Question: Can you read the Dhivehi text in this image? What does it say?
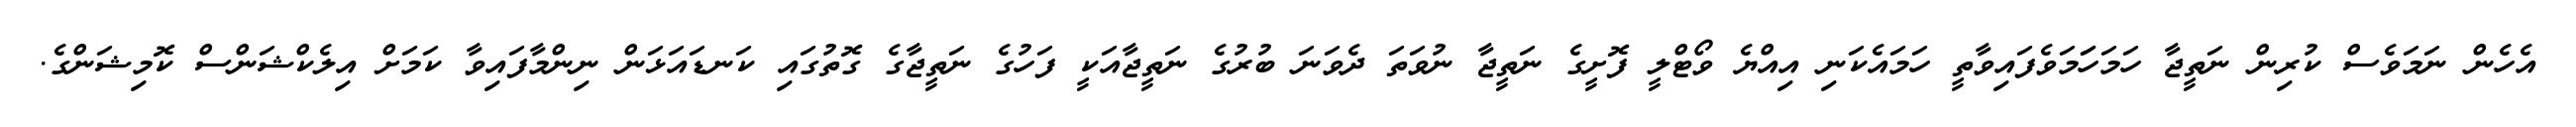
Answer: އެހެން ނަމަވެސް ކުރިން ނަތީޖާ ހަމަހަަމަވެފައިވާތީ ހަމައެކަނި އިއްޔެ ވޯޓްލީ ފޮށީގެ ނަތީޖާ ނުވަތަ ދެވަނަ ބުރުގެ ނަތީޖާއަކީ ފަހުގެ ނަތީޖާގެ ގޮތުގައި ކަނޑައަޅަން ނިންމާފައިވާ ކަމަށް އިލެކްޝަންސް ކޮމިޝަންގެ.